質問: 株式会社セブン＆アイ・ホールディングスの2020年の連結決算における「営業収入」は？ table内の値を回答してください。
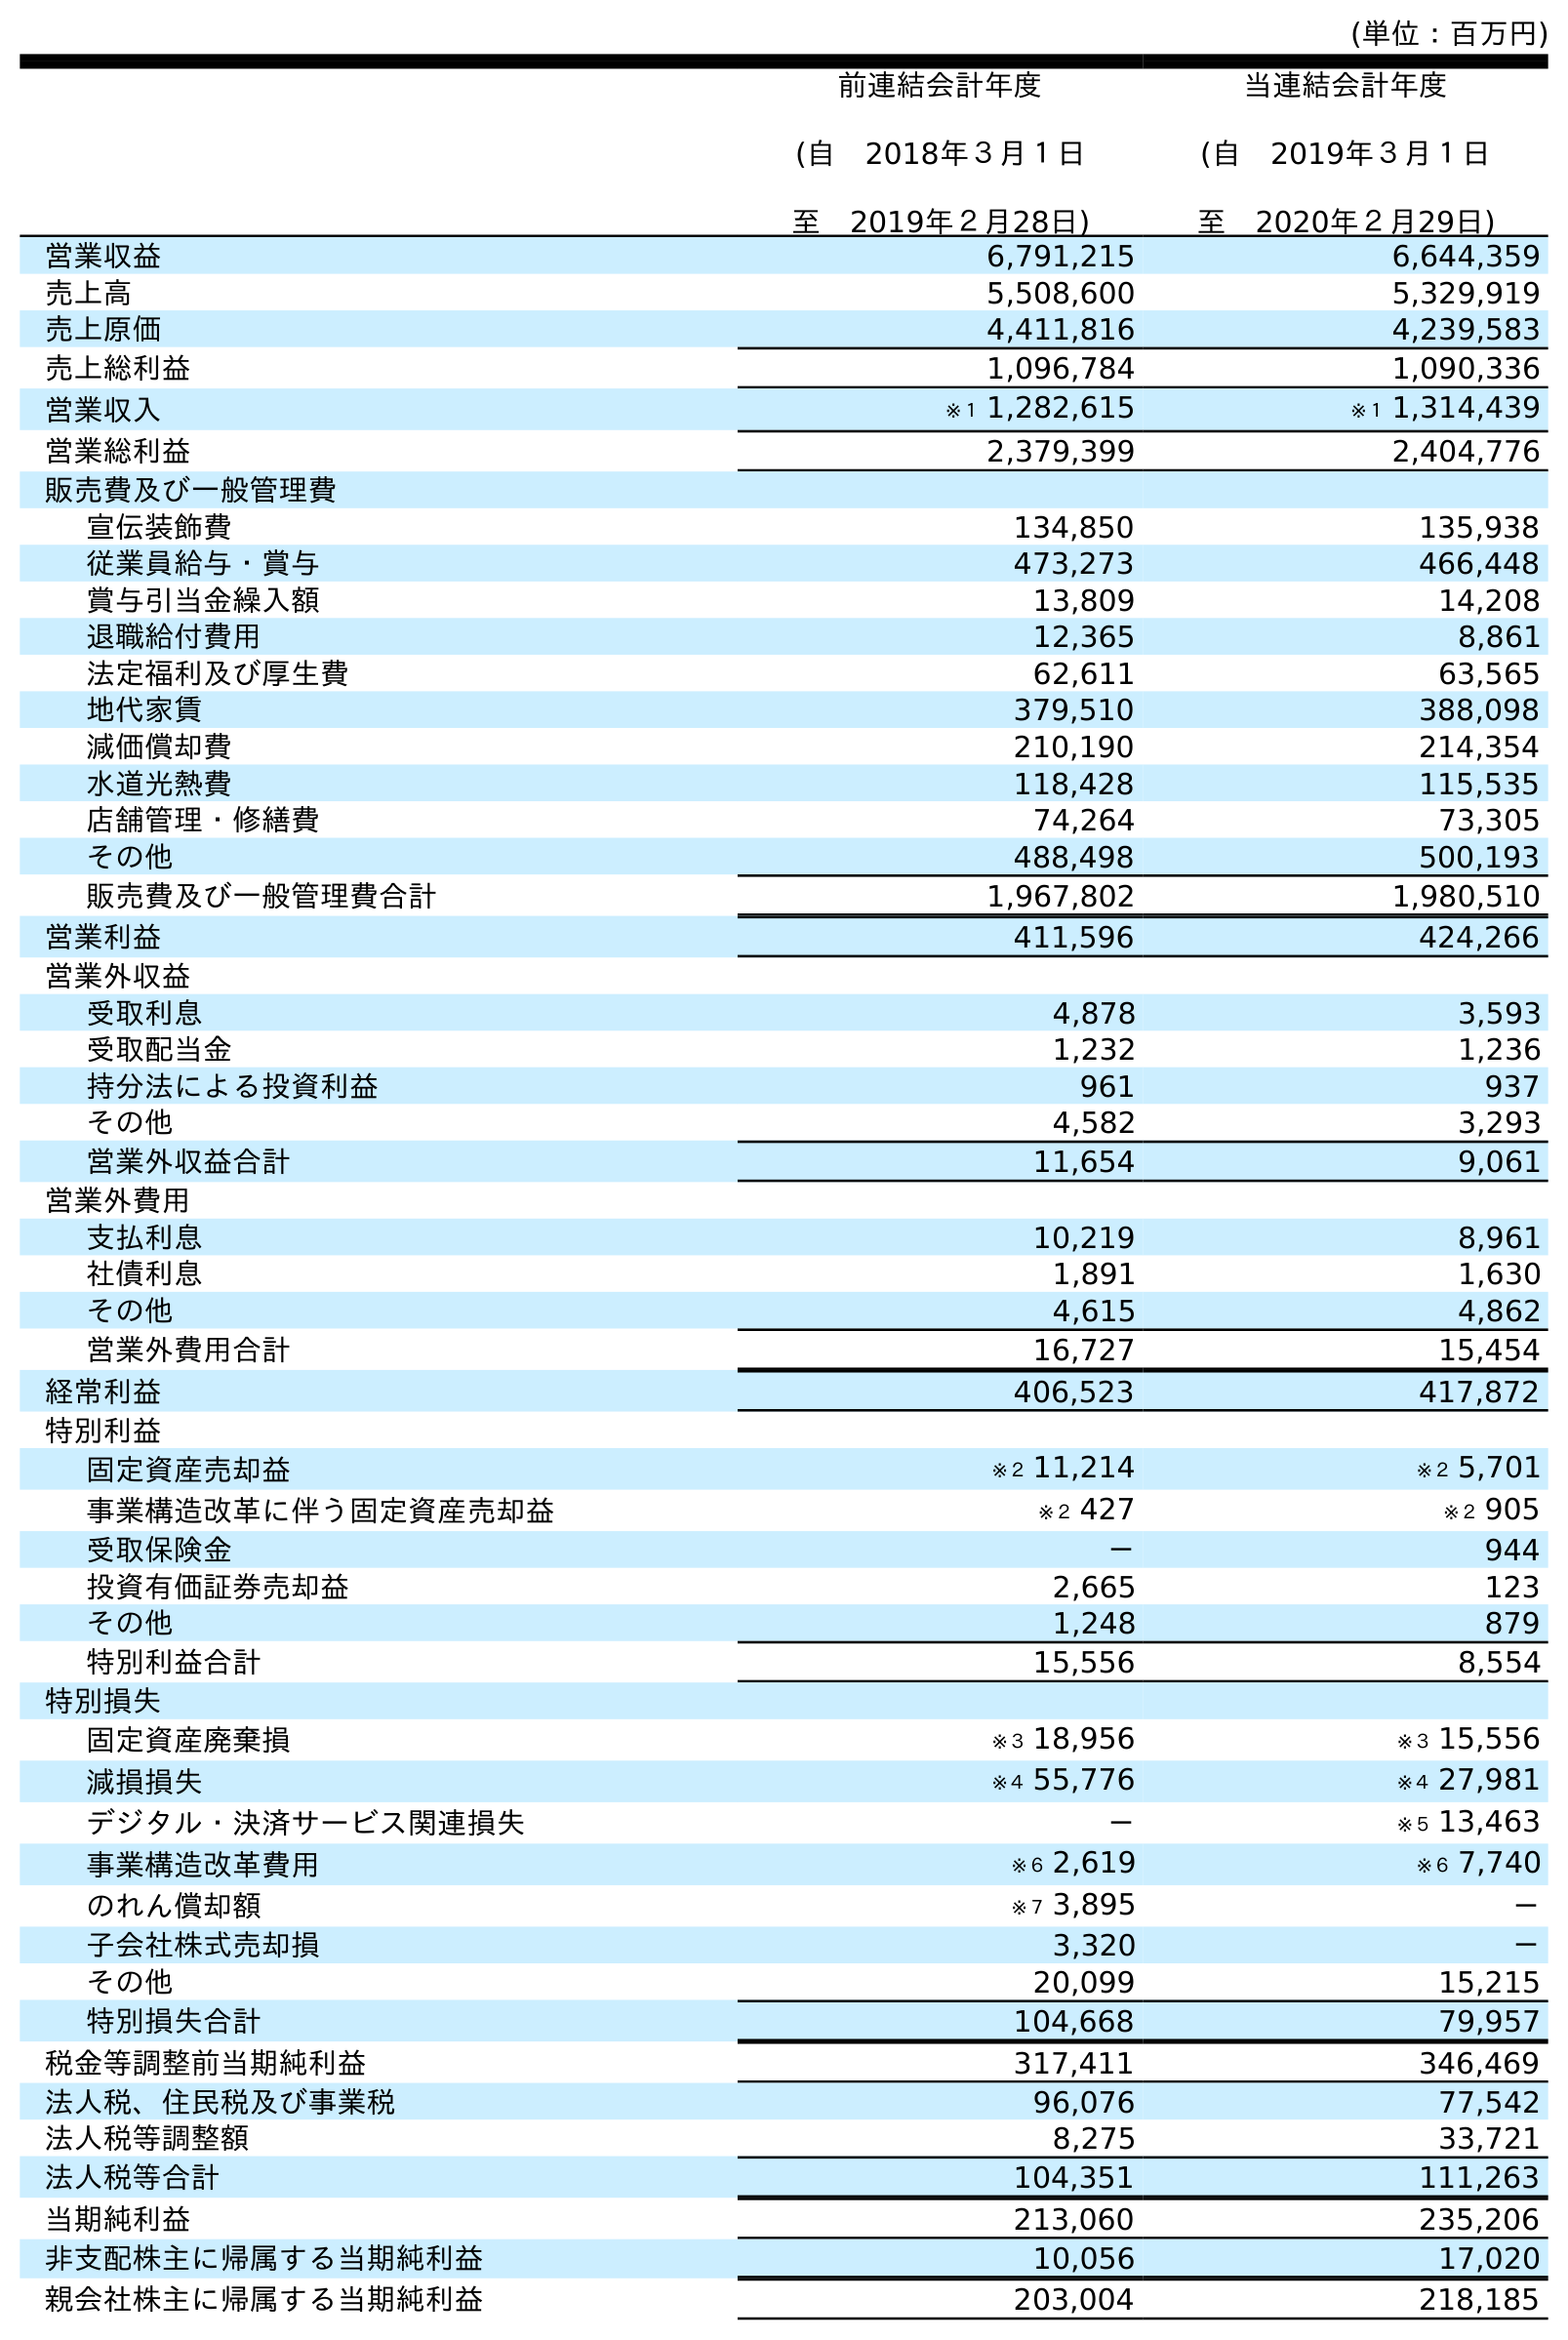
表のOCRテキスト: (単位：百万円) 前連結会計年度 (自 2018年３月１日 至 2019年２月28日) 当連結会計年度 (自 2019年３月１日 至 2020年２月29日) 営業収益 6,791,215 6,644,359 売上高 5,508,600 5,329,919 売上原価 4,411,816 4,239,583 売上総利益 1,096,784 1,090,336 営業収入 ※１ 1,282,615 ※１ 1,314,439 営業総利益 2,379,399 2,404,776 販売費及び一般管理費 宣伝装飾費 134,850 135,938 従業員給与・賞与 473,273 466,448 賞与引当金繰入額 13,809 14,208 退職給付費用 12,365 8,861 法定福利及び厚生費 62,611 63,565 地代家賃 379,510 388,098 減価償却費 210,190 214,354 水道光熱費 118,428 115,535 店舗管理・修繕費 74,264 73,305 その他 488,498 500,193 販売費及び一般管理費合計 1,967,802 1,980,510 営業利益 411,596 424,266 営業外収益 受取利息 4,878 3,593 受取配当金 1,232 1,236 持分法による投資利益 961 937 その他 4,582 3,293 営業外収益合計 11,654 9,061 営業外費用 支払利息 10,219 8,961 社債利息 1,891 1,630 その他 4,615 4,862 営業外費用合計 16,727 15,454 経常利益 406,523 417,872 特別利益 固定資産売却益 ※２ 11,214 ※２ 5,701 事業構造改革に伴う固定資産売却益 ※２ 427 ※２ 905 受取保険金 － 944 投資有価証券売却益 2,665 123 その他 1,248 879 特別利益合計 15,556 8,554 特別損失 固定資産廃棄損 ※３ 18,956 ※３ 15,556 減損損失 ※４ 55,776 ※４ 27,981 デジタル・決済サービス関連損失 － ※５ 13,463 事業構造改革費用 ※６ 2,619 ※６ 7,740 のれん償却額 ※７ 3,895 － 子会社株式売却損 3,320 － その他 20,099 15,215 特別損失合計 104,668 79,957 税金等調整前当期純利益 317,411 346,469 法人税、住民税及び事業税 96,076 77,542 法人税等調整額 8,275 33,721 法人税等合計 104,351 111,263 当期純利益 213,060 235,206 非支配株主に帰属する当期純利益 10,056 17,020 親会社株主に帰属する当期純利益 203,004 218,185
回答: ※１1,314,439